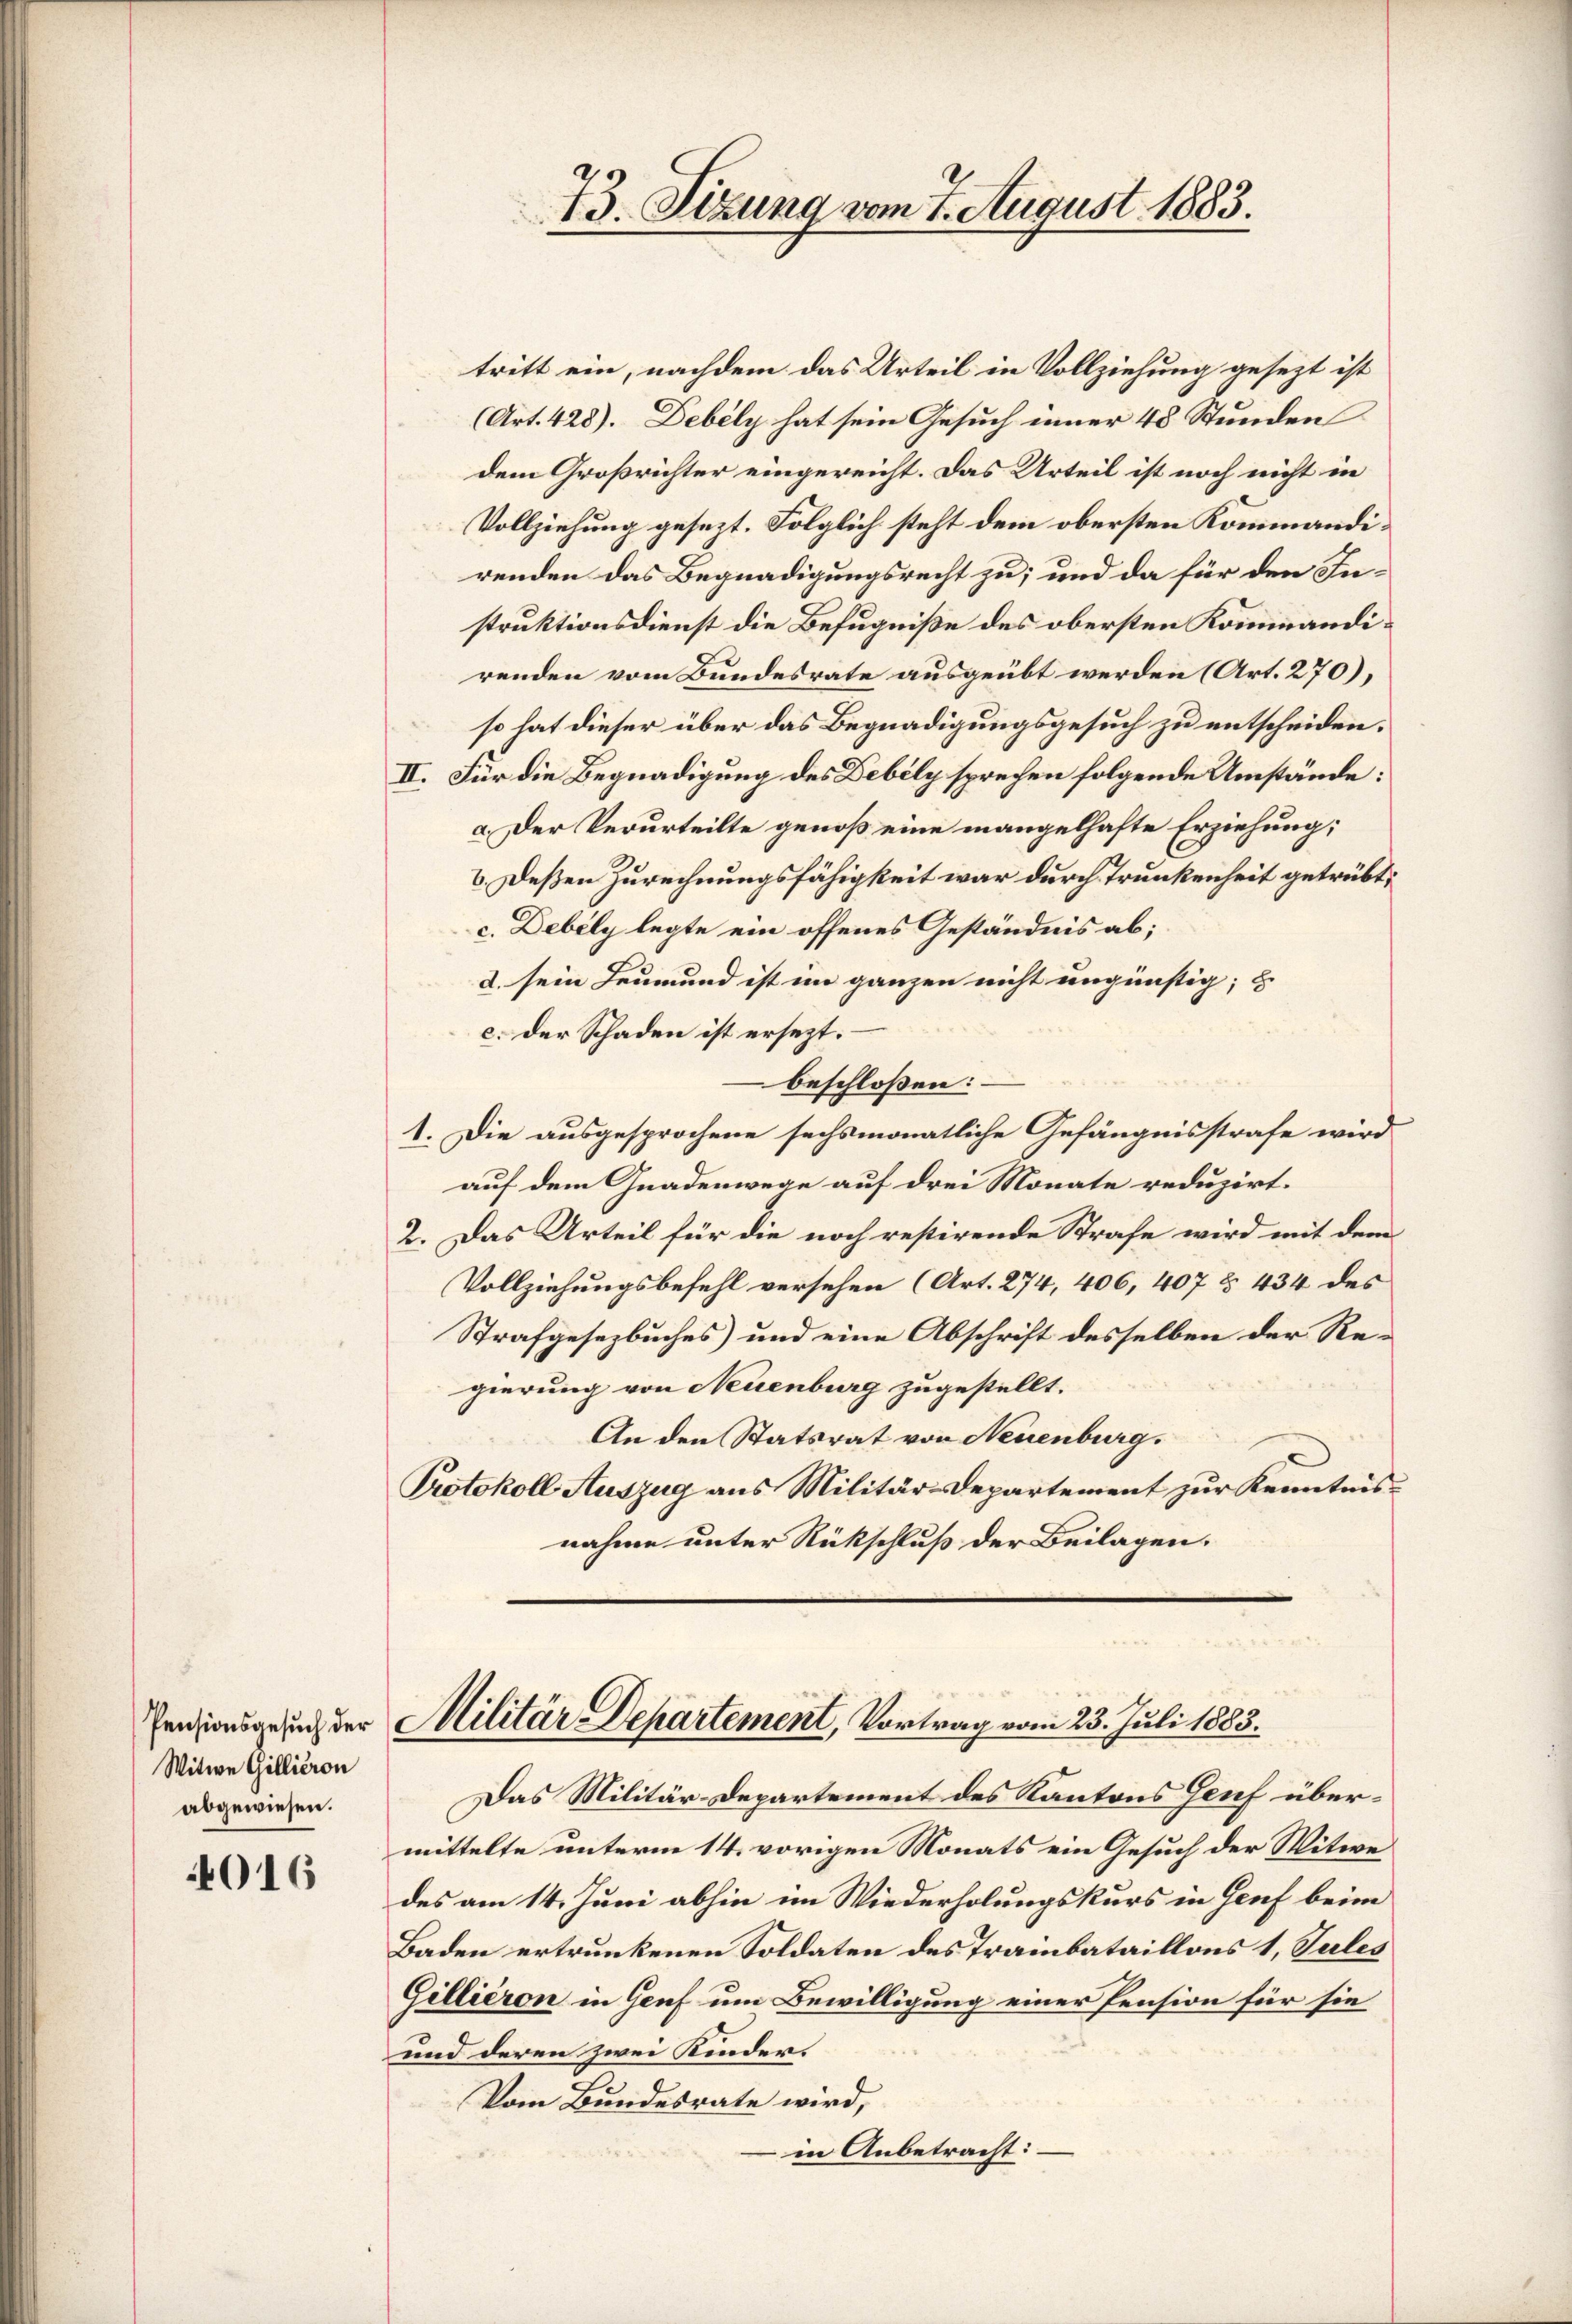
Pensionsgesuch der
Witwe Gillieron
abgewiesen.

4016

tritt ein, nachdem das Urteil in Vollziehung gesezt ist
(Art. 428). Debely hat sein Gesuch inner 48 Stunden
dem Großrichter eingereicht. Das Urteil ist noch nicht in
Vollziehung gesezt. Folglich steht dem obersten Kommandirenden das Begnadigungsrecht zu; und da für den Instruktionsdienst die Befugniße des obersten Kommandirenden vom Bundesrate ausgeübt werden (Art. 270),
so hat dieser über das Begnadigungsgesuch zu entscheiden.
II. Für die Begnadigung des Debily sprechen folgende Umstände:
a. Der Verurteilte genoß eine mangelhafte Erziehung;
b. Deßen Zurechnungsfähigkeit war durch Trunkenheit getrübt,
c. Debely legte ein offenes Geständnis ab;
2. sein Leumund ist im ganzen nicht ungünstig; u
c. der Schaden ist ersezt.
beschloßen:
1. Die ausgesprochene sechsmonatliche Gefängnisstrafe wird
auf dem Gnadenwege auf drei Monate reduzirt.
2. Das Urteil für die noch restirende Strafe wird mit dem
Vollziehungsbefehl versehen (Art. 274, 406, 407 § 434 des
Strafgesetzbuches) und eine Abschrift desselben der Regierung von Neuenburg zugestellt.
An den Statsrat von Neuenburg.
Protokoll Auszug aus Militär-Departement zur Kenntnisnahme unter Rückschluß der Beilagen.

73. Sizung vom 7. August 1883.

Militär-Departement, Vortrag vom 23. Juli 1883.

Das Militär-Departement des Kantons Genf übermittelte unterm 14. vorigen Monats ein Gesuch der Witwe
des am 14. Juni abhin im Wiederholungskurs in Genf beim
Baden ertrunkenen Soldaten des Trainbataillons 1, Sules
Gillieron in Genf um Bewilligung einer Pension für sie
und deren zwei Kinder.
Vom Bundesrate wird,
in Anbetracht: